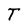
Character: T